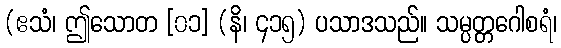
(ဧသံ၊ ဤသောတ [၀၁] (နိ၊ ၄၁၅) ပသာဒသည်။ သမ္ပတ္တဂေါစရံ၊